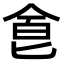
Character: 𠊊